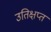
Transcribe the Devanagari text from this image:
उतिक्षप्त